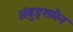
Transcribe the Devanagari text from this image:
अंबुड्समैन